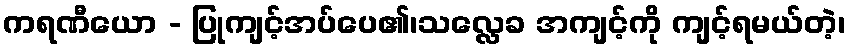
ကရဏီယော - ပြုကျင့်အပ်ပေ၏၊သလ္လေခ အကျင့်ကို ကျင့်ရမယ်တဲ့၊